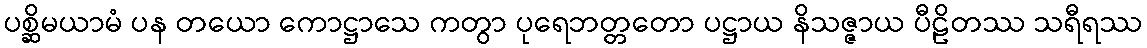
ပစ္ဆိမယာမံ ပန တယော ကောဋ္ဌာသေ ကတွာ ပုရေဘတ္တတော ပဋ္ဌာယ နိသဇ္ဇာယ ပီဠိတဿ သရီရဿ